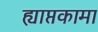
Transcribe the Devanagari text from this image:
ह्याप्तकामा